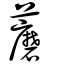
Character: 蘑